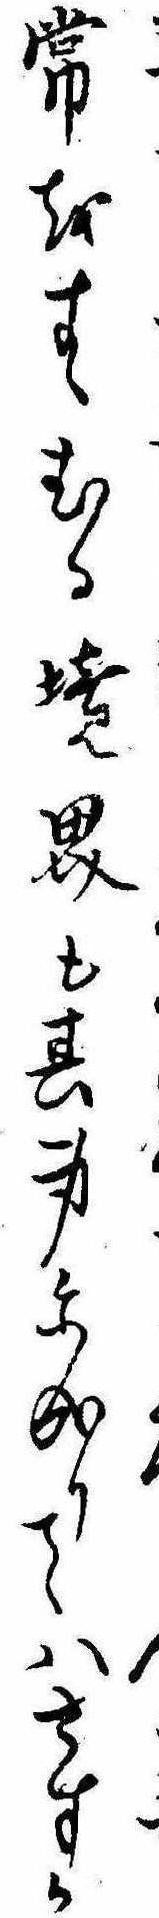
常をすゝむる境界も其身に成りてはさすか